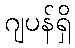
ဂျပန်ရှိ